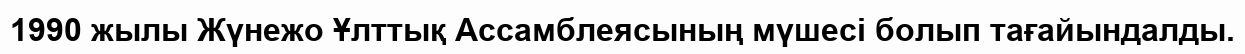
1990 жылы Жүнежо Ұлттық Ассамблеясының мүшесі болып тағайындалды.